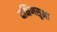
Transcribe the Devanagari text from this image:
दक्षिणसुभा